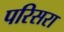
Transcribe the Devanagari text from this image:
परिसरा